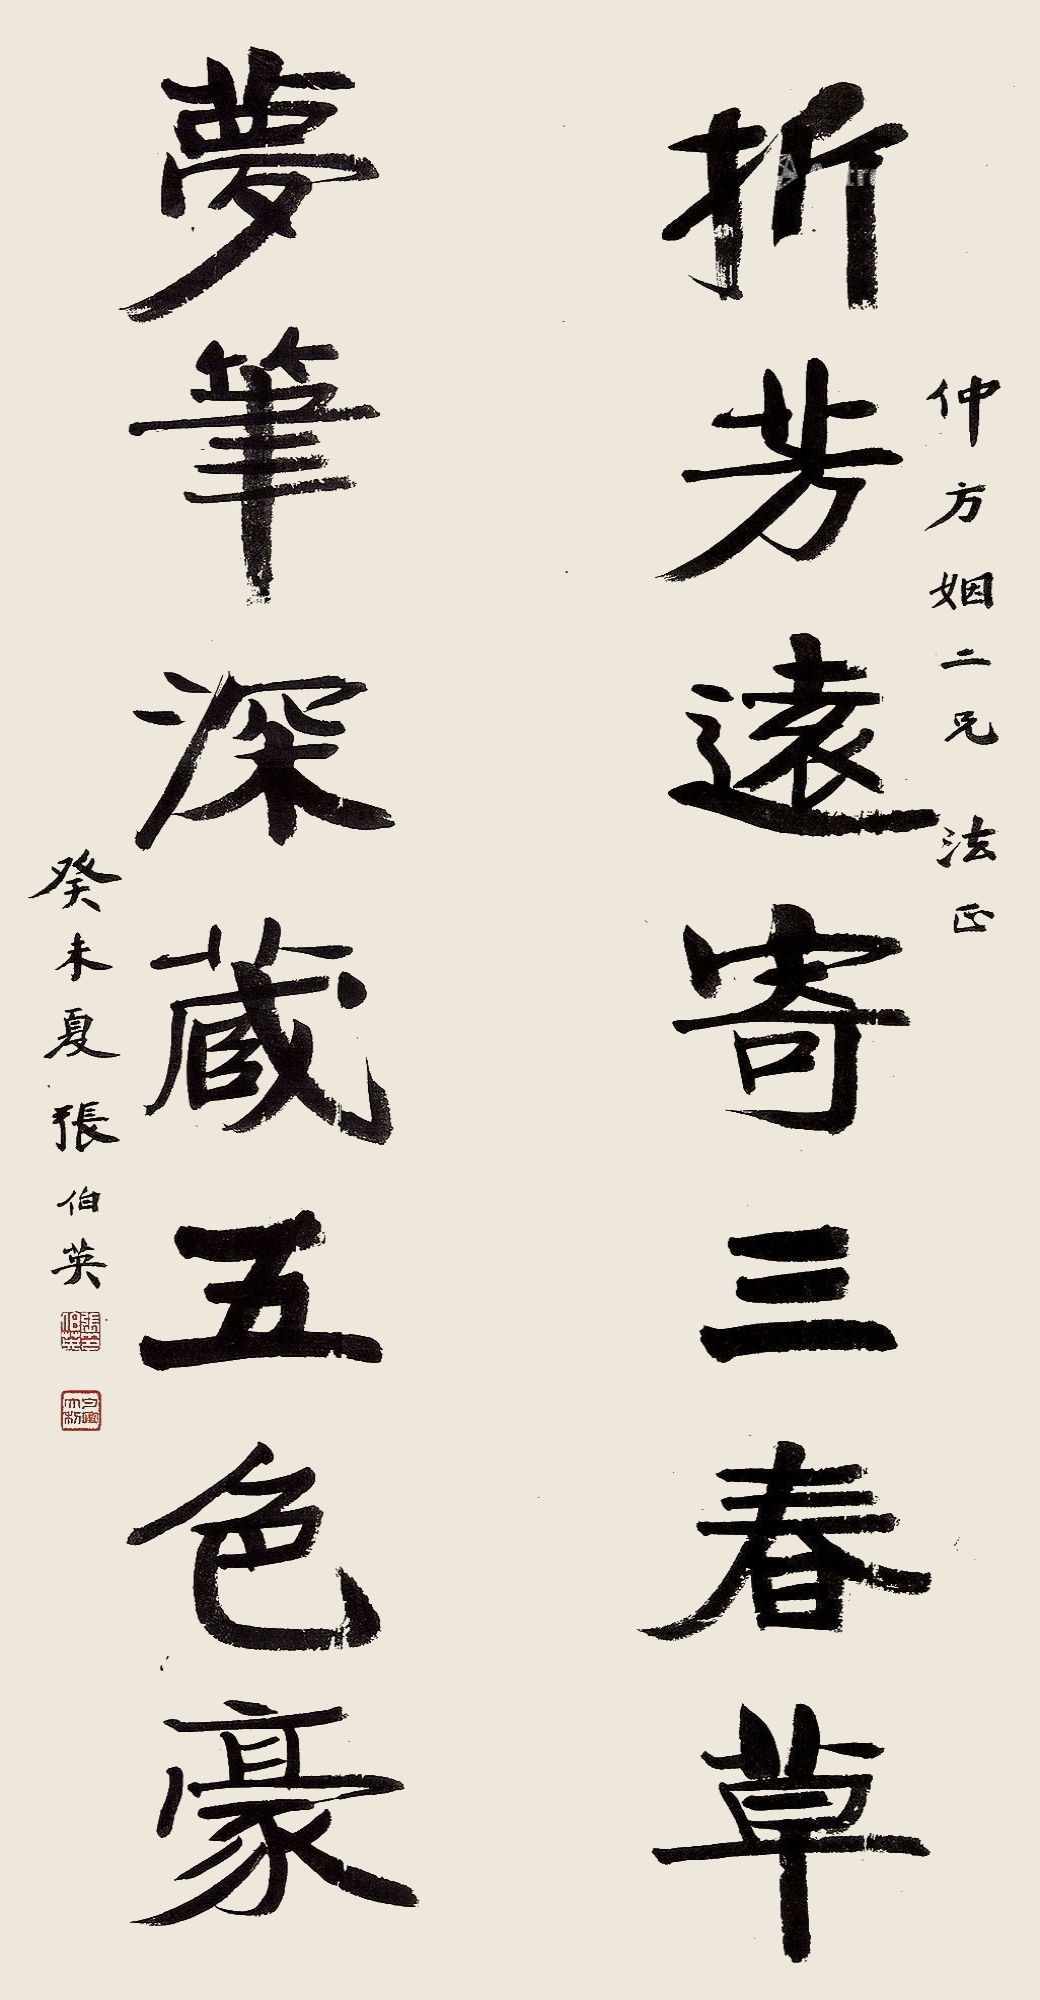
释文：折芳远寄三春草，梦笔深藏五色豪仲方姻二兄法正癸未夏张伯英